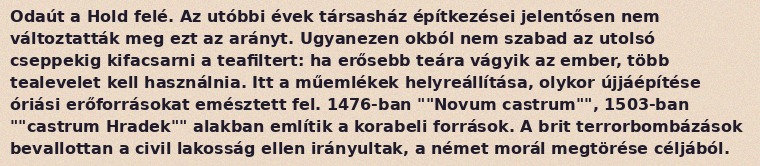
Odaút a Hold felé. Az utóbbi évek társasház építkezései jelentősen nem változtatták meg ezt az arányt. Ugyanezen okból nem szabad az utolsó cseppekig kifacsarni a teafiltert: ha erősebb teára vágyik az ember, több tealevelet kell használnia. Itt a műemlékek helyreállítása, olykor újjáépítése óriási erőforrásokat emésztett fel. 1476-ban ""Novum castrum"", 1503-ban ""castrum Hradek"" alakban említik a korabeli források. A brit terrorbombázások bevallottan a civil lakosság ellen irányultak, a német morál megtörése céljából.